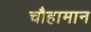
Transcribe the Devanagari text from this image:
चौहामान